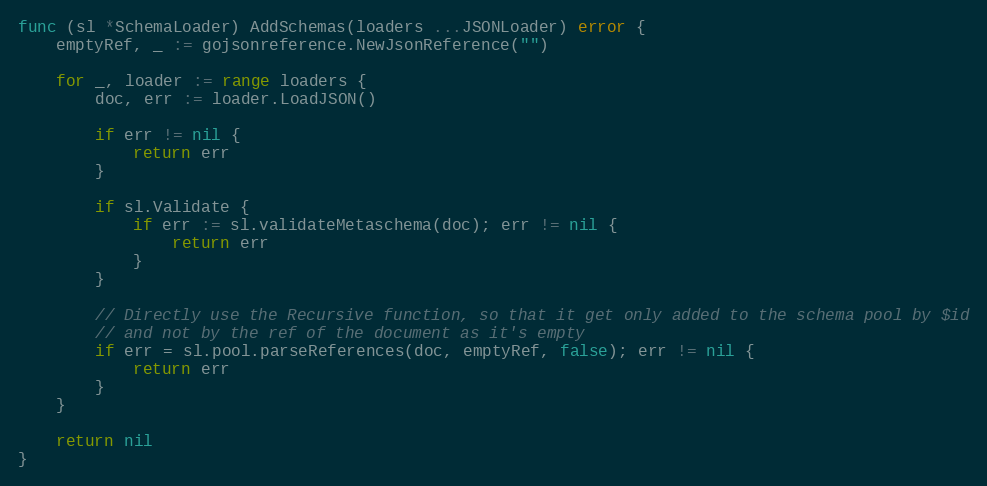
Language: Go
func (sl *SchemaLoader) AddSchemas(loaders ...JSONLoader) error {
	emptyRef, _ := gojsonreference.NewJsonReference("")

	for _, loader := range loaders {
		doc, err := loader.LoadJSON()

		if err != nil {
			return err
		}

		if sl.Validate {
			if err := sl.validateMetaschema(doc); err != nil {
				return err
			}
		}

		// Directly use the Recursive function, so that it get only added to the schema pool by $id
		// and not by the ref of the document as it's empty
		if err = sl.pool.parseReferences(doc, emptyRef, false); err != nil {
			return err
		}
	}

	return nil
}